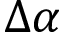
\Delta \alpha